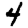
Digit: 4